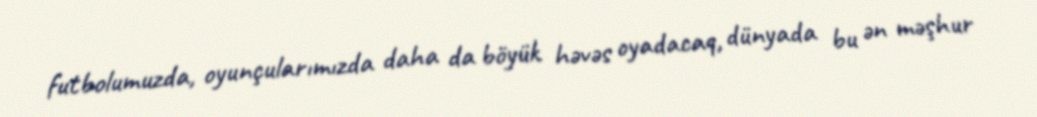
futbolumuzda, oyunçularımızda daha da böyük həvəs oyadacaq, dünyada bu ən məşhur